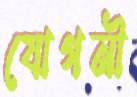
যোগনী